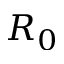
R _ { 0 }